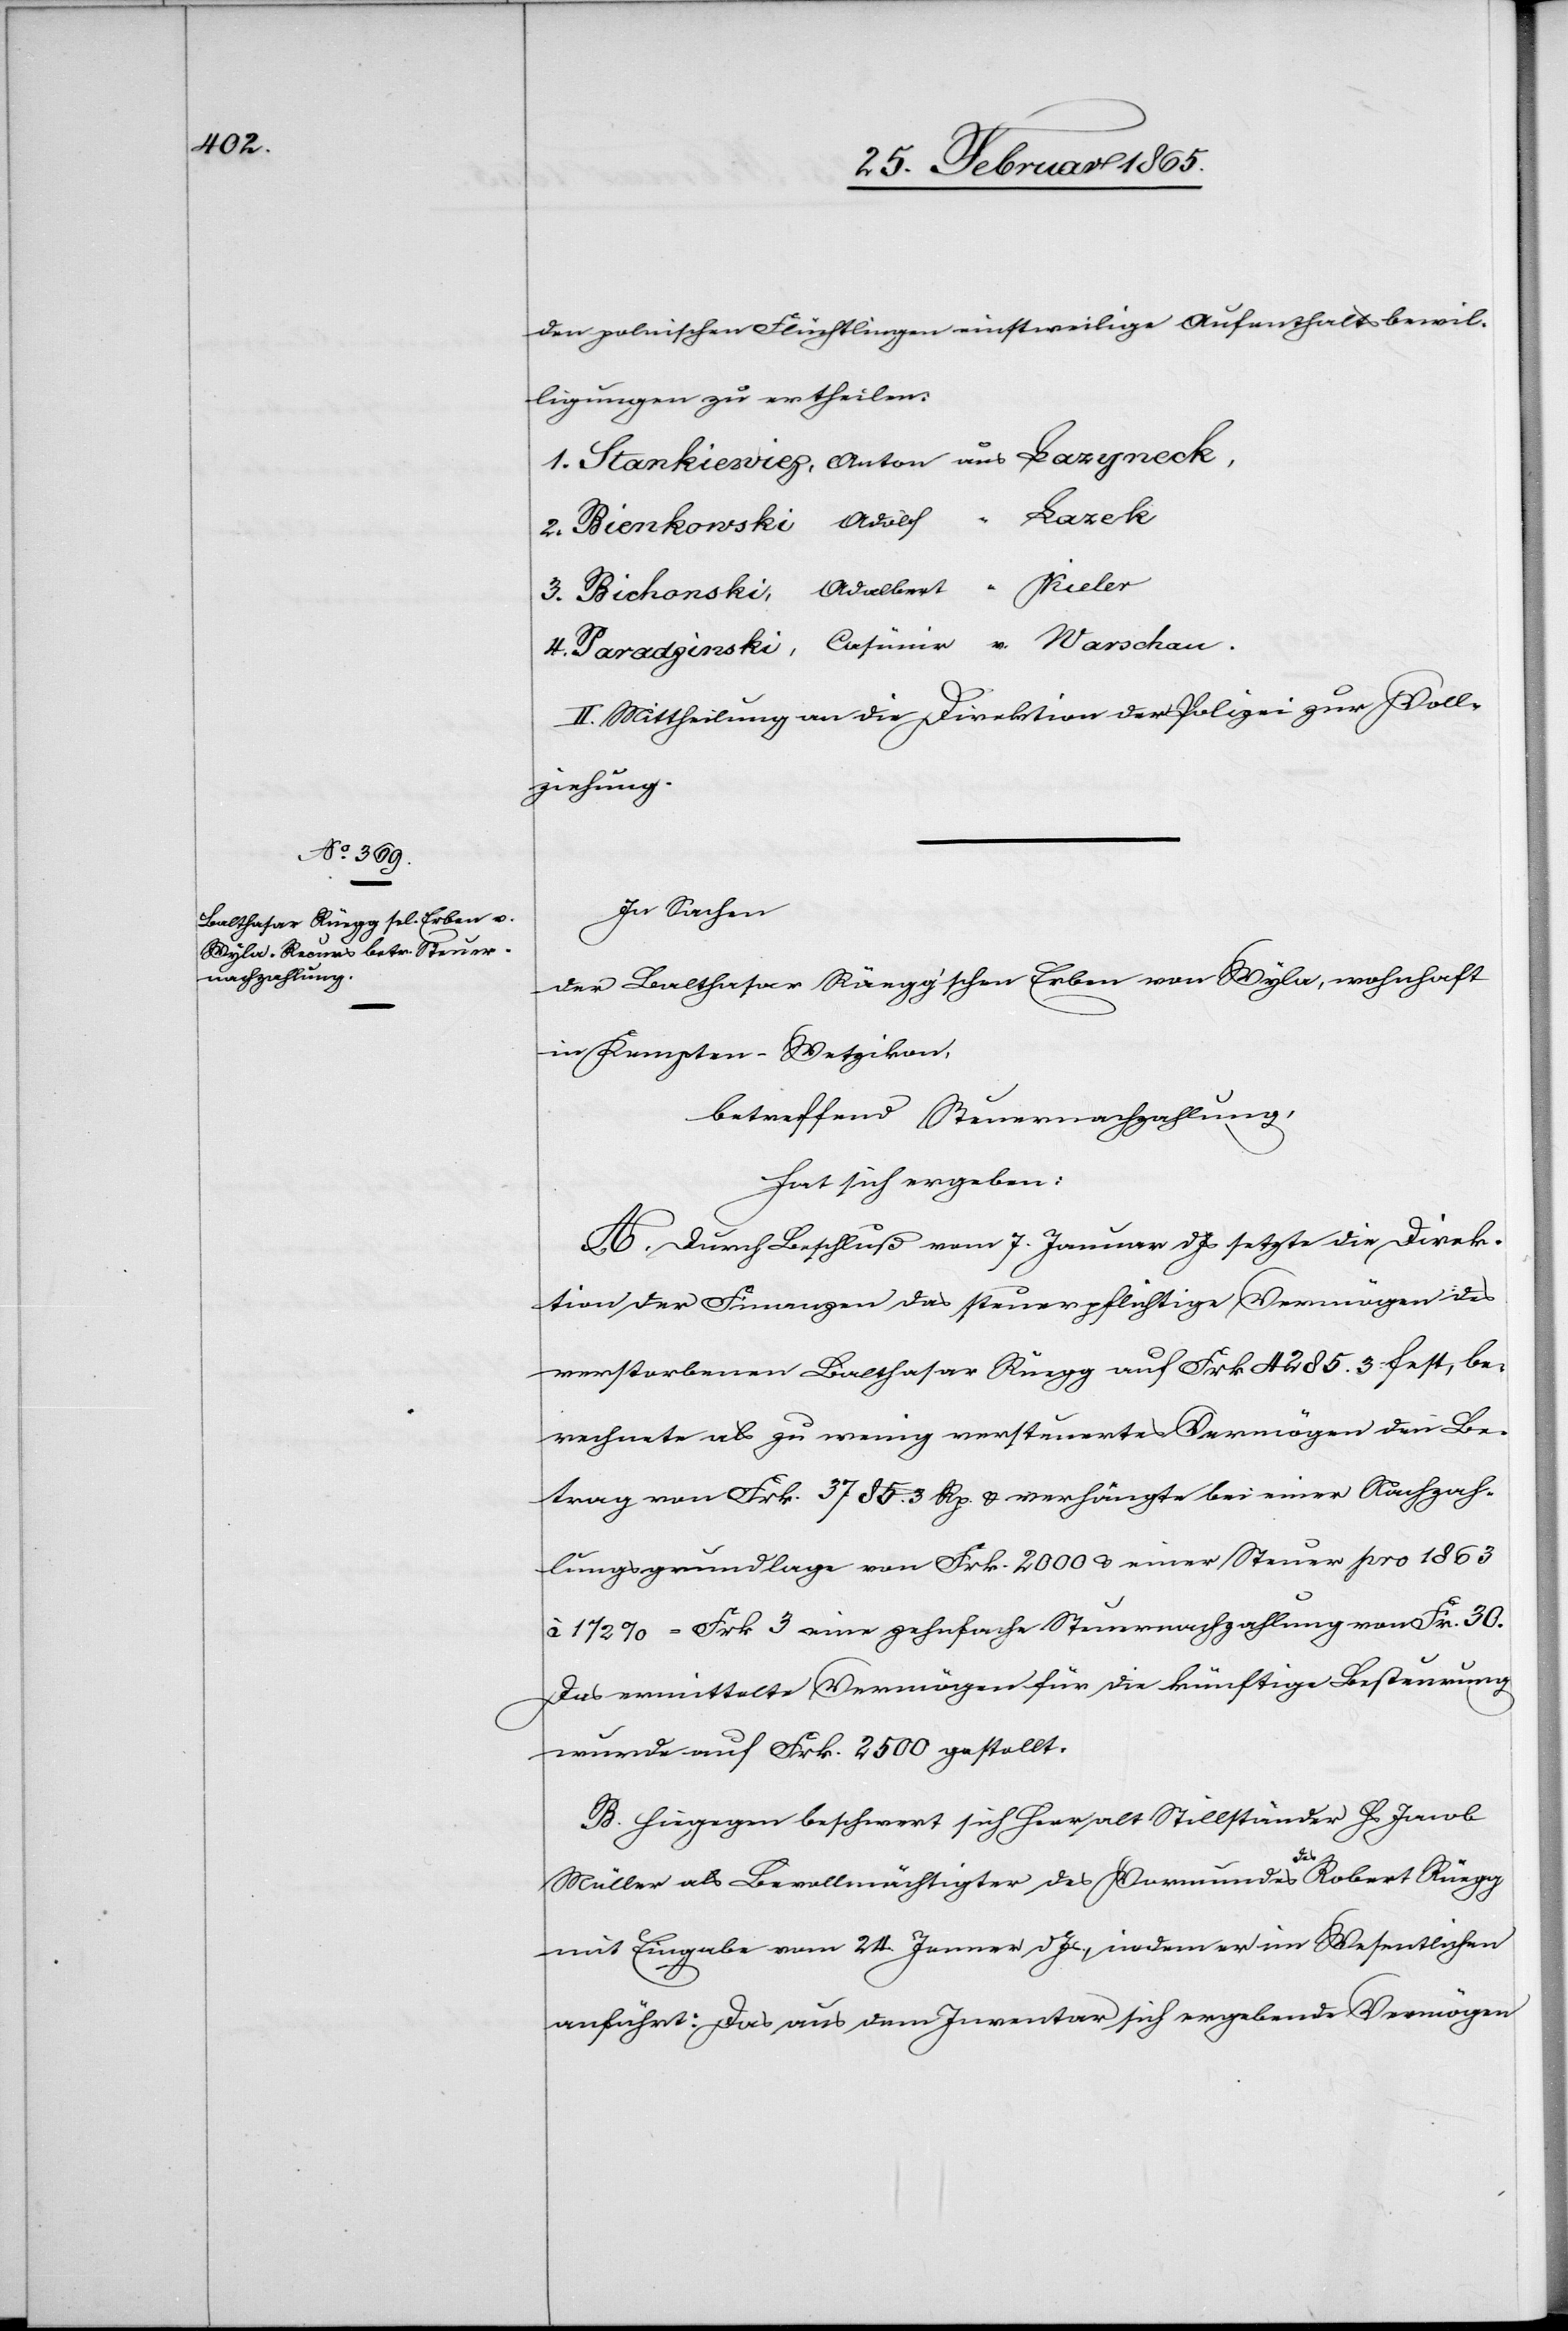
den polnischen Flüchtlingen einstweilige Aufenthaltsbewil¬
ligungen zu ertheilen:
1. Stankiewiez, Anton aus Lazyneck,
2. Bienkowski Adolf “ Lazek
3. Bichonski, Adalbert “ Kieler
4. Paradzinski, Casimir v. Warschau.
II. Mittheilung an die Direktion der Polizei zur Voll¬
ziehung.
In Sachen
der Balthasar Rüegg’schen Erben von Wyla, wohnhaft
in Kempten-Wetzikon,
betreffend Steuernachzahlung,
hat sich ergeben:
A. Durch Beschluß vom 7. Januar d Js setzte die Direk¬
tion der Finanzen das steuerpflichtige Vermögen des
verstorbenen Balthasar Rüegg auf Frk 4285. 3 fest, be¬
rechnete als zu wenig versteuertes Vermögen den Be¬
trag von Frk. 3785. 3 Rp. u. verhängte bei einer Nachzah¬
lungsgrundlage von Frk. 2000 u. einer Steuer pro 1863
à 1 ½ % = Frk 3 eine zehnfache Steuernachzahlung von Fr. 30.
Das ermittelte Vermögen für die künftige Besteurung
wurde auf Frk. 2500 gestellt.
B. Hiegegen beschwert sich Herr alt Stillständer Hs Jacob
Müller als Bevollmächtigter des Vormundes des Robert Rüegg
mit Eingabe vom 24. Jenner d Js, indem er im Wesentlichen
anführt: Das aus dem Inventar sich ergebende Vermögen